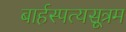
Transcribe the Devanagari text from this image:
बार्हस्पत्यसूत्रम